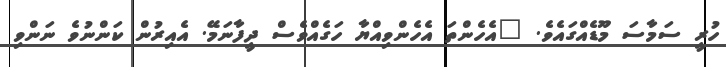
ހުރީ ސަމާސަ މޫޑެއްގައެވެ. "އެހެންތަ އެހެންވިއްޔާ ހަގެއްވެސް ދީފާނަމޭ. އެއިރުން ކަންނުވެ ނަންވި